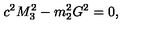
c ^ { 2 } M _ { 3 } ^ { 2 } - m _ { 2 } ^ { 2 } G ^ { 2 } = 0 ,